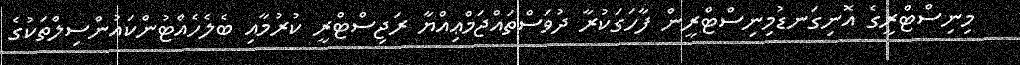
މިނިސްޓްރީގެ އޮނިގަނޑުމިނިސްޓްރީން ފާހަގަކުރާ ދުވަސްތައްޖަމްޢިއްޔާ ރަޖިސްޓްރީ ކުރުމާއި ބެލެހެއްޓުންކައުންސިލްތަކުގެ